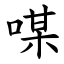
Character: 㖼